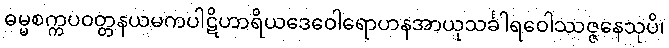
ဓမ္မစက္ကပဝတ္တနယမကပါဋိဟာရိယဒေဝေါရောဟနအာယုသင်္ခါရဝေါဿဇ္ဇနေသုပိ၊